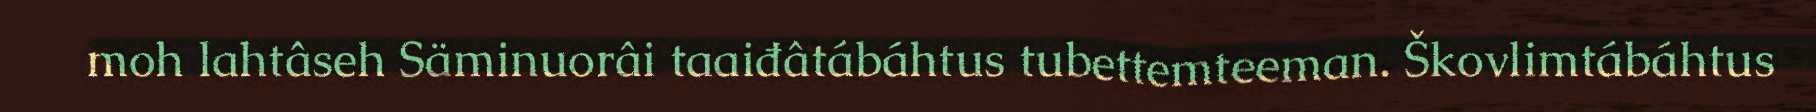
moh lahtâseh Säminuorâi taaiđâtábáhtus tubettemteeman. Škovlimtábáhtus